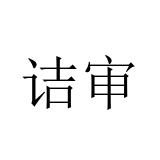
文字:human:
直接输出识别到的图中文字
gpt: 诘审